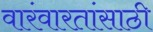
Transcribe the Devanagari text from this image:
वारंवारतांसाठी